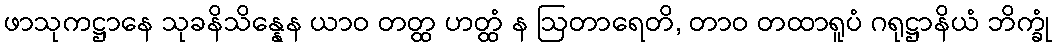
ဖာသုကဋ္ဌာနေ သုခနိသိန္နေန ယာဝ တတ္ထ ဟတ္ထံ န ဩတာရေတိ, တာဝ တထာရူပံ ဂရုဋ္ဌာနိယံ ဘိက္ခုံ